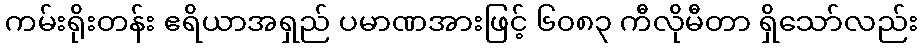
ကမ်းရိုးတန်း ဧရိယာအရှည် ပမာဏအားဖြင့် ၆၀၈၃ ကီလိုမီတာ ရှိသော်လည်း